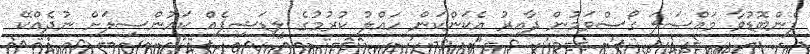
ފެންބޮޑުވާ މައްސަލަ ގޯސްވަމުން ދާއިރު އެކަންކަން ހައްލު ކުރުމުގެ ލީޑަޝިޕެއް ކައުންސިލަށް ނުދެއްކޭ